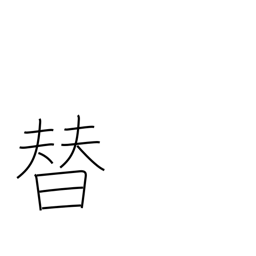
Meaning: per-